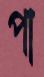
পা